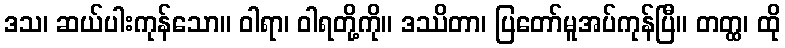
ဒသ၊ ဆယ်ပါးကုန်သော။ ဝါရာ၊ ဝါရတို့ကို။ ဒဿိတာ၊ ပြတော်မူအပ်ကုန်ပြီ။ တတ္ထ၊ ထို